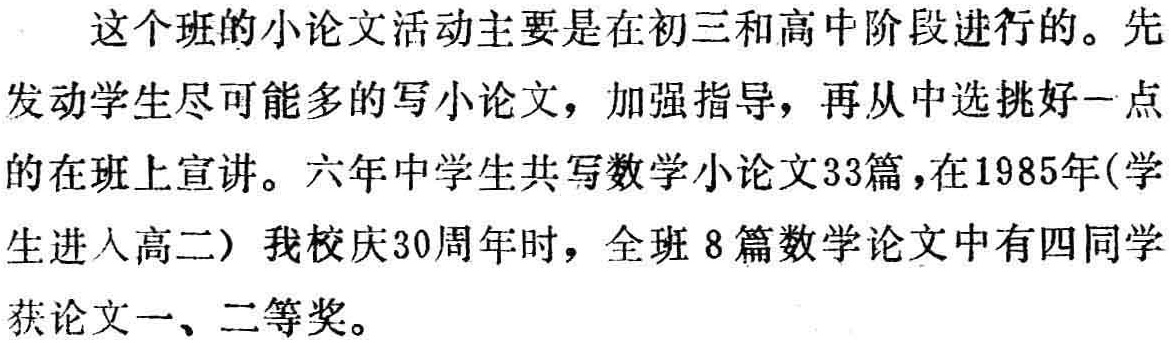
这个班的小论文活动主要是在初三和高中阶段进行的。先发动学生尽可能多的写小论文，加强指导，再从中选挑好一点的在班上宣讲。六年中学生共写数学小论文33篇，在1985年(学生进入高二)我校庆30周年时，全班8篇数学论文中有四同学获论文一、二等奖。